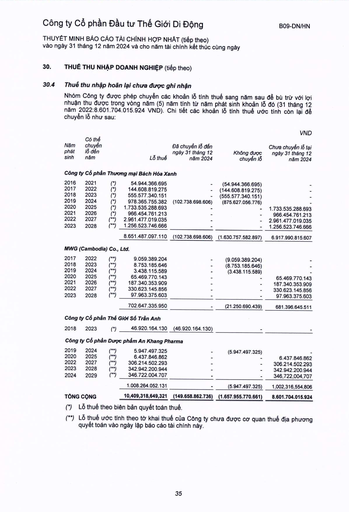
|||||||VND| |---|---|---|---|---|---|---| |Năm phát sinh|Có thể chuyển lỗ đến năm||Lỗ thuế|Đã chuyển lỗ đến ngày 31 tháng 12 năm 2024|Không được chuyển lỗ|Chưa chuyển lỗ tại ngày 31 tháng 12 năm 2024| |Công|ty Cổ phần|Thương|mại Bách Hóa|Xanh||| |2016|2021|(*)|54.944.366.695|-|(54.944.366.695)|-| |2017|2022|(*)|144.608.819.275|-|(144.608.819.275)|-| |2018|2023|(*)|555.577.340.151|-|(555.577.340.151)|-| |2019|2024|(*)|978.365.755.382|(102.738.698.606)|(875.627.056.776)|-| |2020|2025|(*)|1.733.535.288.693|-|-|1.733.535.288.693| |2021|2026|(*)|966.454.761.213|-|-|966.454.761.213| |2022|2027|(**)|2.961.477.019.035|-|-|2.961.477.019.035| |2023|2028|(**)|1.256.523.746.666|-|-|1.256.523.746.666| ||||8.651.487.097.110|(102.738.698.606)|(1.630.757.582.897)|6.917.990.815.607| |MWG|(Cambodia)|Co.,|Ltd.|||| |2017|2022|(**)|9.059.389.204|-|(9.059.389.204)|-| |2018|2023|(**)|8.753.185.646|-|(8.753.185.646)|-| |2019|2024|(**)|3.438.115.589|-|(3.438.115.589)|-| |2020|2025|LỌCCES (**)|65.469.770.143|-|-|65.469.770.143| |2021|2026|(**)|187.340.353.909|-|-|187.340.353.909| |2022|2027|(**)|330.623.145.856|-|-|330.623.145.856| |2023|2028|(**)|97.963.375.603|-|-|97.963.375.603| ||||702.647.335.950|-|(21.250.690.439)|681.396.645.511| |Công|ty Cổ phần|Thế|Giới Số Trần Anh|||| |2018|2023|(*)|46.920.164.130|(46.920.164.130)|-|-| |Công|ty Cổ phần|Dược|phẩm An Khang|Pharma||| |2019|2024|(**)|5.947.497.325|-|(5.947.497.325)|-| |2020|2025|(**)|6.437.846.862|-|-|6.437.846.862| |2022|2027|CECE (**)|306.214.502.293|-|-|306.214.502.293| |2023|2028|(**)|342.942.200.944|-|-|342.942.200.944| |2024|2029|(**)|346.722.004.707|-|-|346,722,004,707| ||||1.008.264.052.131|-|(5.947.497.325)|1,002,316,554,806| |TỔNG|CỘNG||10,409,318,649,321|(149.658.862.736)|(1.657.955.770.661)|8.601.704.015.924|